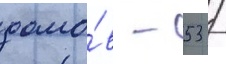
домо́в - 53 /